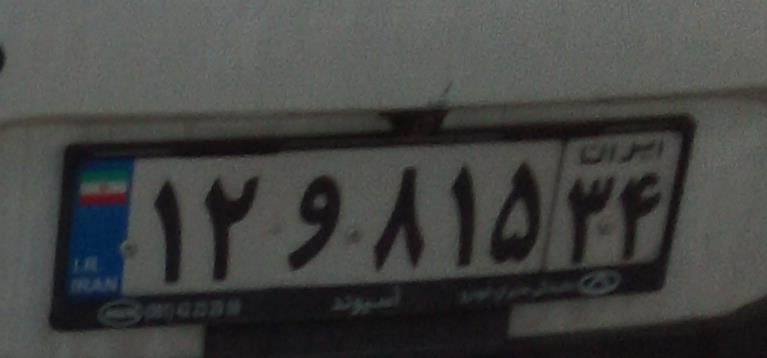
۱۲و۸۱۵۳۴